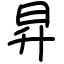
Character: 昇